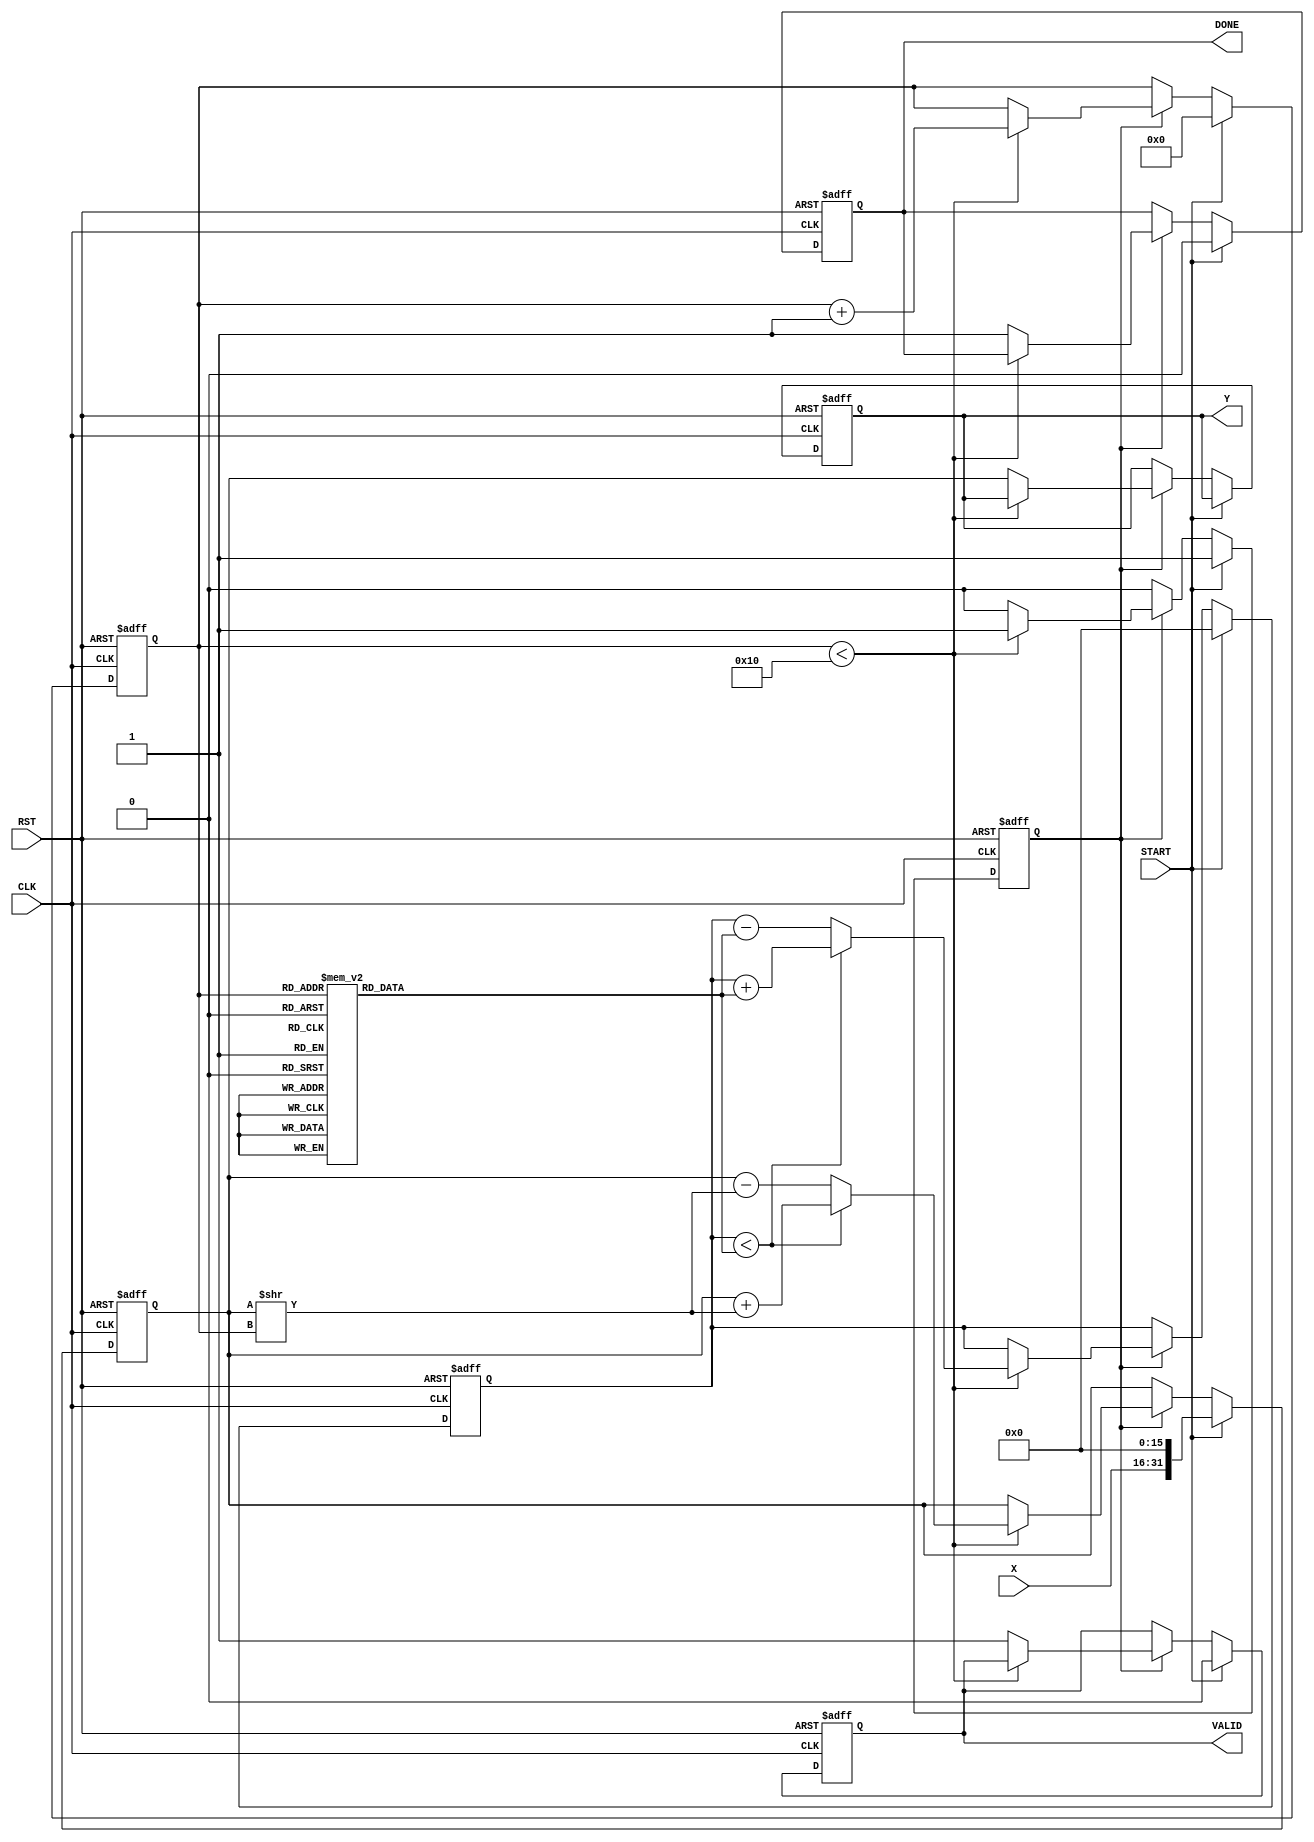
module cordic_reciprocal (
    input  wire [15:0] X,      // Input value (fixed-point)
    input  wire START,         // Control signal to start computation
    input  wire CLK,           // Clock signal
    input  wire RST,           // Asynchronous reset
    output reg  [31:0] Y,      // Reciprocal value (fixed-point)
    output reg  VALID,         // Indicates valid output
    output reg  DONE           // Indicates computation is done
);

// Parameters
parameter NUM_ITERATIONS = 16; // Number of CORDIC iterations
parameter ANGLE_LUT_SIZE = 16;  // Size of angle lookup table

// Internal signals
reg [15:0] angle_lut [0:ANGLE_LUT_SIZE-1]; // Angle lookup table
reg [15:0] z;                           // Current angle
reg [31:0] current_result;              // Current result
reg [3:0] iteration_counter;             // Iteration counter
reg compute;                             // Compute flag

// Initialization of angle lookup table (arctangent values)
initial begin
    angle_lut[0] = 16'h0C90; // atan(2^0) in fixed-point format
    angle_lut[1] = 16'h0633; // atan(2^-1)
    angle_lut[2] = 16'h032A; // atan(2^-2)
    angle_lut[3] = 16'h019A; // atan(2^-3)
    angle_lut[4] = 16'h00CB; // atan(2^-4)
    angle_lut[5] = 16'h0065; // atan(2^-5)
    angle_lut[6] = 16'h0032; // atan(2^-6)
    angle_lut[7] = 16'h0019; // atan(2^-7)
    angle_lut[8] = 16'h000C; // atan(2^-8)
    angle_lut[9] = 16'h0006; // atan(2^-9)
    angle_lut[10] = 16'h0003; // atan(2^-10)
    angle_lut[11] = 16'h0002; // atan(2^-11)
    angle_lut[12] = 16'h0001; // atan(2^-12)
    angle_lut[13] = 16'h0001; // atan(2^-13)
    angle_lut[14] = 16'h0000; // atan(2^-14)
    angle_lut[15] = 16'h0000; // atan(2^-15)
end

// State machine for computing reciprocal using CORDIC
always @(posedge CLK or posedge RST) begin
    if (RST) begin
        Y <= 32'h0;
        VALID <= 0;
        DONE <= 0;
        current_result <= 32'h0;
        z <= 16'h0000;
        iteration_counter <= 4'b0000;
        compute <= 0;
    end else if (START) begin
        // Load input value and initialize for computation
        current_result <= {X, 16'd0}; // Scaling the input
        z <= 16'h0000; // Initial angle
        iteration_counter <= 4'b0000;
        VALID <= 0;
        DONE <= 0;
        compute <= 1; // Start computation
    end else if (compute) begin
        // CORDIC Iteration Loop
        if (iteration_counter < NUM_ITERATIONS) begin
            if (z < angle_lut[iteration_counter]) begin
                // Rotate clockwise
                current_result <= current_result + (current_result >> iteration_counter);
                z <= z + angle_lut[iteration_counter];
            end else begin
                // Rotate counter-clockwise
                current_result <= current_result - (current_result >> iteration_counter);
                z <= z - angle_lut[iteration_counter];
            end
            iteration_counter <= iteration_counter + 1;
        end else begin
            // Computation complete
            Y <= current_result; // Store final reciprocal value
            VALID <= 1;
            DONE <= 1;
            compute <= 0; // End computation
        end
    end
end

endmodule